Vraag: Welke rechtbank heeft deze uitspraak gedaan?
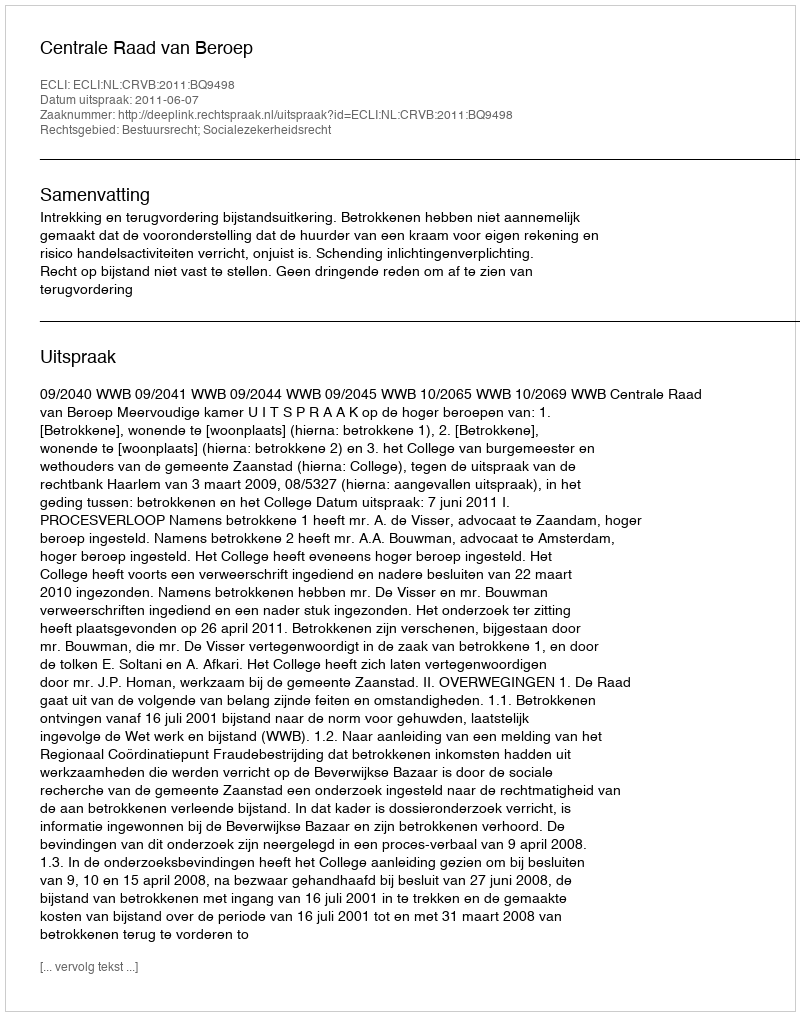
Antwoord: Centrale Raad van Beroep